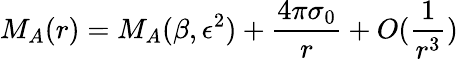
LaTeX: M_{A}(r)=M_{A}(\beta,\epsilon^{2})+\frac{4\pi\sigma_{0}}{r}+O(\frac{1}{r^{3}})